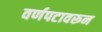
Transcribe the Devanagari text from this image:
वर्णपटावरून